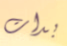
بدات